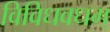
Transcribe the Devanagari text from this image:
विविधवधम्